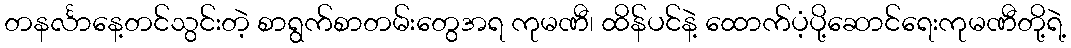
တနင်္လာနေ့တင်သွင်းတဲ့ စာရွက်စာတမ်းတွေအရ ကုမဏီ၊ ထိန်ပင်နဲ့ ထောက်ပံ့ပို့ဆောင်ရေးကုမဏီတို့ရဲ့